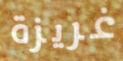
غريزة